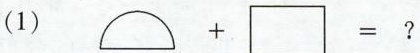
(1) +\Box =?